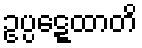
ဥပ္ပဋ္ဋေထာတိ